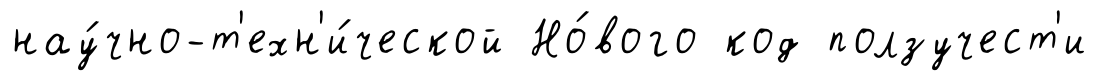
нау́чно-т'ехн'и́ческой Но́вого код ползучест'и